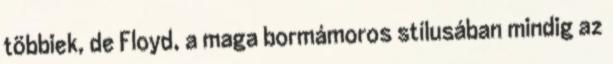
többiek, de Floyd, a maga bormámoros stílusában mindig az